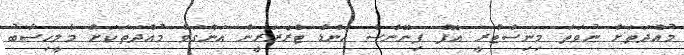
މުއްދަތަށް ނުވަތަ މިނިސްޓްރީ އޮފް ފިނޭންސް އެންޑް ޓްރެޜަރީން އަންގަވާ މުއްދަތަކަށް މާލީހިސާބު